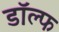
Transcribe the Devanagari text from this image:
डॉल्फ